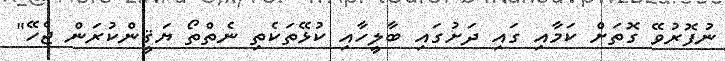
ނުފޮރުވޭ ގޮތަށް ކަމާއި ގައި ދަށުގައި ބާލީހާއި ކުޅޭތަކެތި ނެތްތޯ ޔަޤީންކުރަން ޖެހޭ"